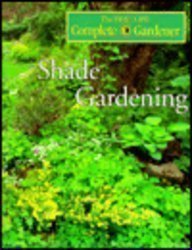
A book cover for Shade Gardening (Time-Life Complete Gardener); Crafts, Hobbies & Home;